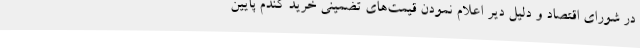
در شورای اقتصاد و دلیل دیر اعلام نمودن قیمت‌های تضمینی خرید گندم پایین